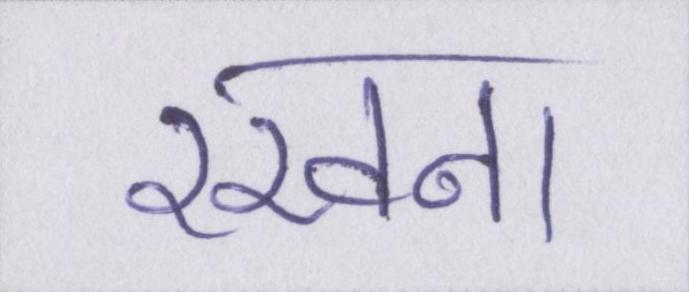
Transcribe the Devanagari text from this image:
रखना